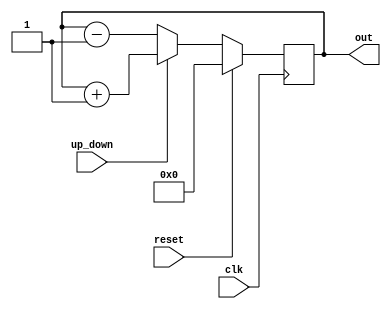
`timescale 1ns / 1ps
//////////////////////////////////////////////////////////////////////////////////
// Company: 
// Engineer: 
// 
// Design Name: Taner Halibryam
// Module Name: UP_DOWN_COUNTER
// Project Name: 
// Target Devices: 
// Tool Versions: 
// Description: 
// 
// Dependencies: 
// 
// Revision:
// Revision 0.01 - File Created
// Additional Comments:
// 
//////////////////////////////////////////////////////////////////////////////////

module up_down_counter    (
out      ,  // Output of the counter
up_down  ,  // up_down control for counter
clk      ,  // clock input
reset       // reset input
);
//----------Output Ports--------------
output [7:0] out;
//------------Input Ports-------------- 
input up_down, clk, reset;
//------------Internal Variables--------
reg [7:0] out;
//-------------Code Starts Here-------
always @(posedge clk)
if (reset) begin // active high reset
  out <= 8'b0 ;
end else if (up_down) begin
  out <= out + 1;
end else begin
  out <= out - 1;
end

endmodule